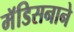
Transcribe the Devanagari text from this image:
मॅडिसनाने